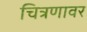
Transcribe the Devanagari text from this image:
चित्रणावर